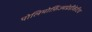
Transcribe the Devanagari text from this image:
पोलिमोर्फ़िज्मप्रेडीकेटिव